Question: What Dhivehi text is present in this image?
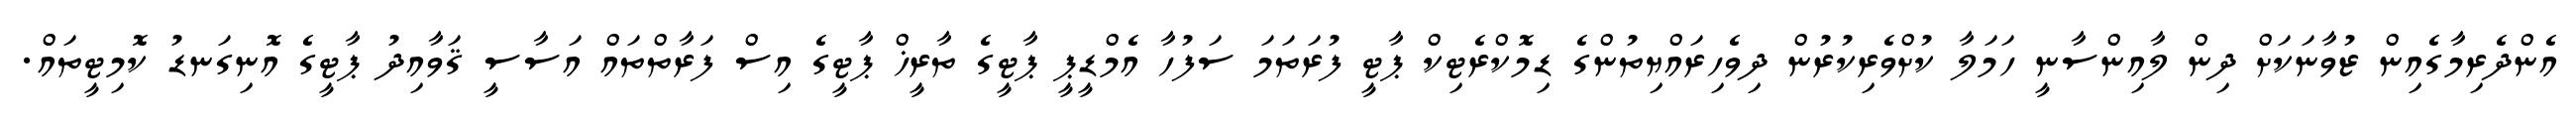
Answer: އެންދެރިމާގެއިން ޒުވާނަކަށް ދިން ލާއިންސާނީ ހަމަލާ ކުށްވެރިކުރުން ދިވެހިރައްޔިތުންގެ ޑިމޮކްރެޓިކް ޕާޓީ ފުރަތަމަ ސަފުހާ އެމްޑީޕީ ޕާޓީގެ ތާރީޚް ޕާޓީގެ އިސް ފަރާތްތައް އަސާސީ ޤަވާއިދު ޕާޓީގެ އޮނިގަނޑު ކޮމިޓީތައް.